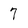
Character: 7